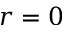
r = 0